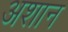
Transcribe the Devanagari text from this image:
अशान